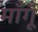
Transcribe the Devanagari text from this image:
माँगूँ